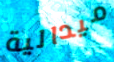
ميدالية